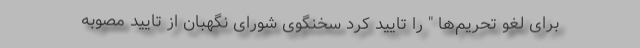
برای لغو تحریم‌ها " را تایید کرد سخنگوی شورای نگهبان از تایید مصوبه